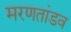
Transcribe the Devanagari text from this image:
मरणतांडव